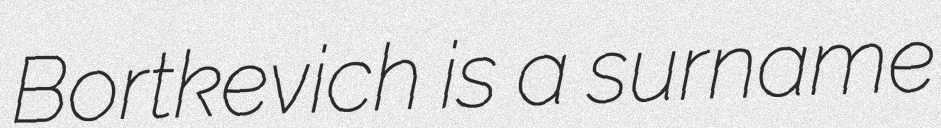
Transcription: Bortkevich is a surname